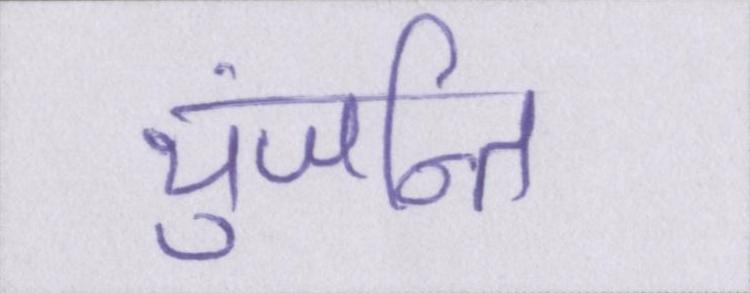
युंजन्ति